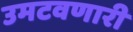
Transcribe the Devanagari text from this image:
उमटवणारी